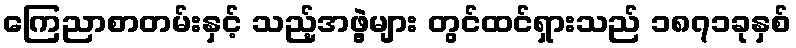
ကြေညာစာတမ်းနှင့် သည့်အဖွဲ့များ တွင်ထင်ရှားသည် ၁၈၇၁ခုနှစ်